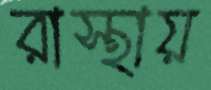
রাস্থায়